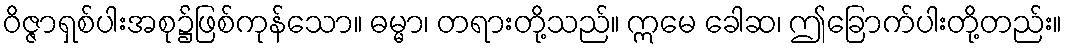
ဝိဇ္ဇာရှစ်ပါးအစု၌ဖြစ်ကုန်သော။ ဓမ္မာ၊ တရားတို့သည်။ ဣမေ ခေါဆ၊ ဤခြောက်ပါးတို့တည်း။